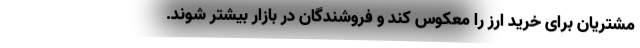
مشتریان برای خرید ارز را معکوس کند و فروشندگان در بازار بیشتر شوند.